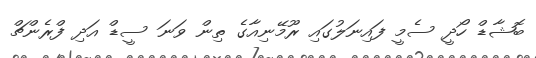
ބޮޝާޑް ހޯދީ ސެމީ ފައިނަލުގައި ރޫމޭނިއާގެ ތިން ވަނަ ސީޑް އަދި ފްރެންޗް